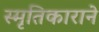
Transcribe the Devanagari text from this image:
स्मृतिकाराने